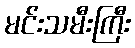
မင်းသမီးကြီး